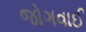
જોગવાઈ